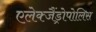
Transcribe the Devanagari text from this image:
एलेक्जैंड्रोपोलिस